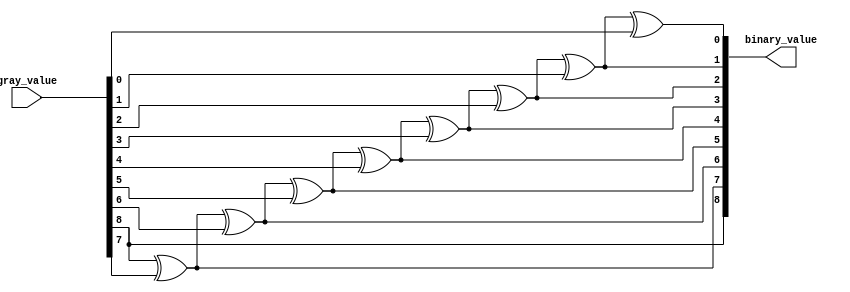
module g2b #(parameter PTR=8)
	   (input  [PTR:0] gray_value,
		output [PTR:0] binary_value);


assign binary_value[PTR] = gray_value[PTR];

generate
	genvar i;
	for(i=0;i<(PTR);i=i+1)
	begin
		assign binary_value[i] = binary_value[i+1]^gray_value[i];
	end
endgenerate
endmodule

module b2g #(parameter PTR=8)
		(input  [PTR:0] binary_value,
		 output [PTR:0] gray_value);


assign gray_value[PTR] = binary_value[PTR];

generate
	genvar i;
	for(i=0;i<(PTR);i=i+1)
	begin
		assign gray_value[i]=binary_value[i+1]^binary_value[i];
	end
endgenerate
endmodule